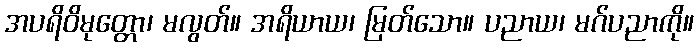
အပရိဝိမုတ္တော၊ မလွတ်။ အရိယာယ၊ မြတ်သော။ ပညာယ၊ မဂ်ပညာကို။